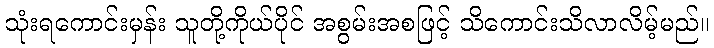
သုံးရကောင်းမှန်း သူတို့ကိုယ်ပိုင် အစွမ်းအစဖြင့် သိကောင်းသိလာလိမ့်မည်။